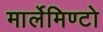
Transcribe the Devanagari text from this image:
मार्लेमिण्टो